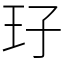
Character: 㺭